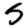
Digit: 5